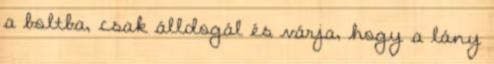
a boltba, csak álldogál és várja, hogy a lány